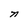
Character: n